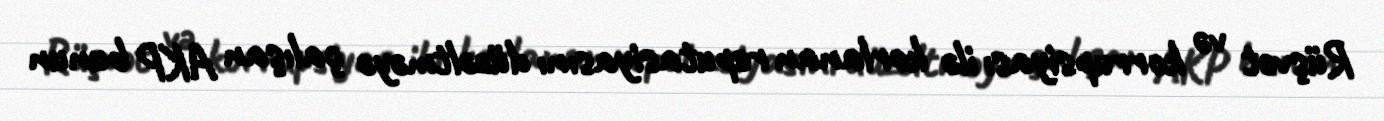
Rüşvət və korrupsiyası ilə korlanan reputasiyasını düzəltməyə çalışan AKP bunun